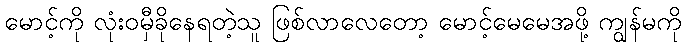
မောင့်ကို လုံးဝမှီခိုနေရတဲ့သူ ဖြစ်လာလေတော့ မောင့်မေမေအဖို့ ကျွန်မကို